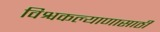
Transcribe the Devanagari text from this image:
विश्वकल्याणासाठी